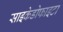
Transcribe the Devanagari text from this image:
साइकेडोफाइटा